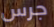
جرس